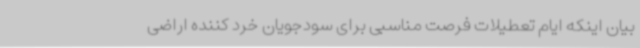
بیان اینکه ایام تعطیلات فرصت مناسبی برای سودجویان خرد کننده اراضی